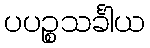
ပပဉ္စသင်္ခါယ